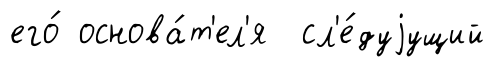
его́ основа́т'ел'я сл'е́дуjущий